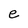
Character: e